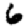
Digit: 6